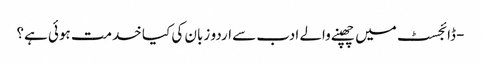
- ڈائجسٹ میں چھپنے والے ادب سے اردو زبان کی کیا خدمت ہوئی ہے؟